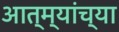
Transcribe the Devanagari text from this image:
आत्म्यांच्या